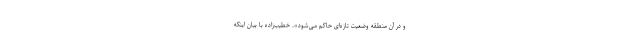
و در آن منطقه وضعیت تازه‌ای حاکم می‌شود». خطیب‌زاده با بیان اینکه